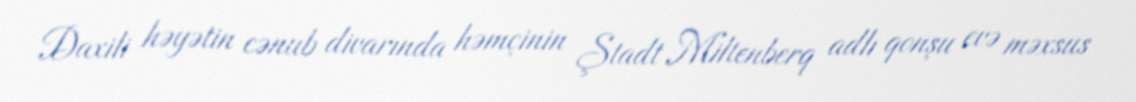
Daxili həyətin cənub divarında həmçinin Ştadt Miltenberq adlı qonşu evə məxsus